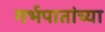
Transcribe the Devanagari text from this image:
गर्भपातांच्या